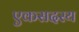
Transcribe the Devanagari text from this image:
एकसदस्य